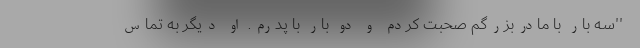
''سه بار با مادربزرگم صحبت کردم و دو بار با پدرم. او دیگر به تماس